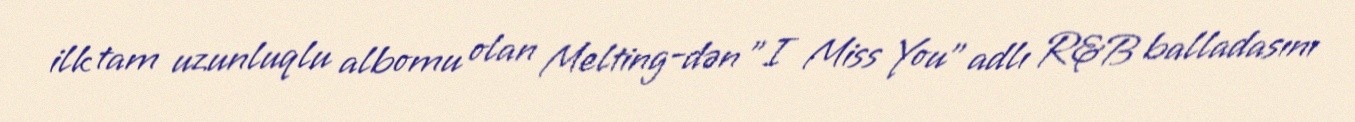
ilk tam uzunluqlu albomu olan Melting-dən "I Miss You" adlı R&B balladasını